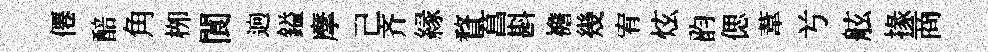
僊醅角栁閬逈鎰摩己齐縁瞀菖斟襜幾宥炫韵偲葦𠔃舷掾商